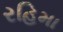
રહિમા